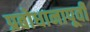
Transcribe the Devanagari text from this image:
प्रबोधानापूर्वी